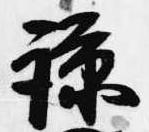
諒